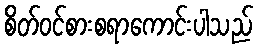
စိတ်ဝင်စားစရာကောင်းပါသည်